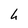
Character: h